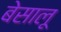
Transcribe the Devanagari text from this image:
बेसालू